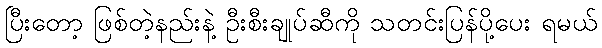
ပြီးတော့ ဖြစ်တဲ့နည်းနဲ့ ဦးစီးချုပ်ဆီကို သတင်းပြန်ပို့ပေး ရမယ်